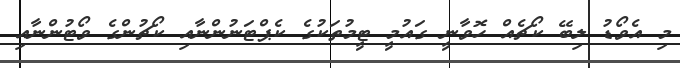
މި އެވޯޑު ލިބޭ ކޯޗެއް ހޮވާނީ ގައުމީ ޓީމުތަކުގެ ކެޕްޓަނުންނާއި ކޯޗުންގެ ވޯޓުންނާއި